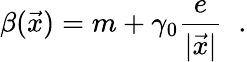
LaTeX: \beta(\vec{x})=m+\gamma_{0}\frac{e}{|\vec{x}|}\; \; .